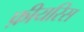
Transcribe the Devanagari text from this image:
फ़ीयरिस